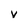
Character: V